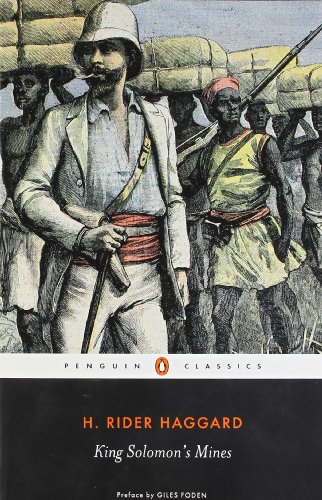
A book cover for King Solomon's Mines (Penguin Classics); H. Rider Haggard; Literature & Fiction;